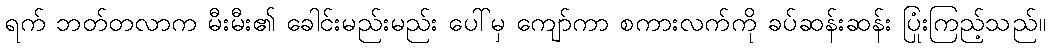
ရက် ဘတ်တလာက မီးမီး၏ ခေါင်းမည်းမည်း ပေါ်မှ ကျော်ကာ စကားလက်ကို ခပ်ဆန်းဆန်း ပြုံးကြည့်သည်။